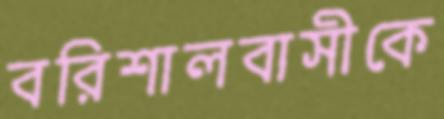
বরিশালবাসীকে